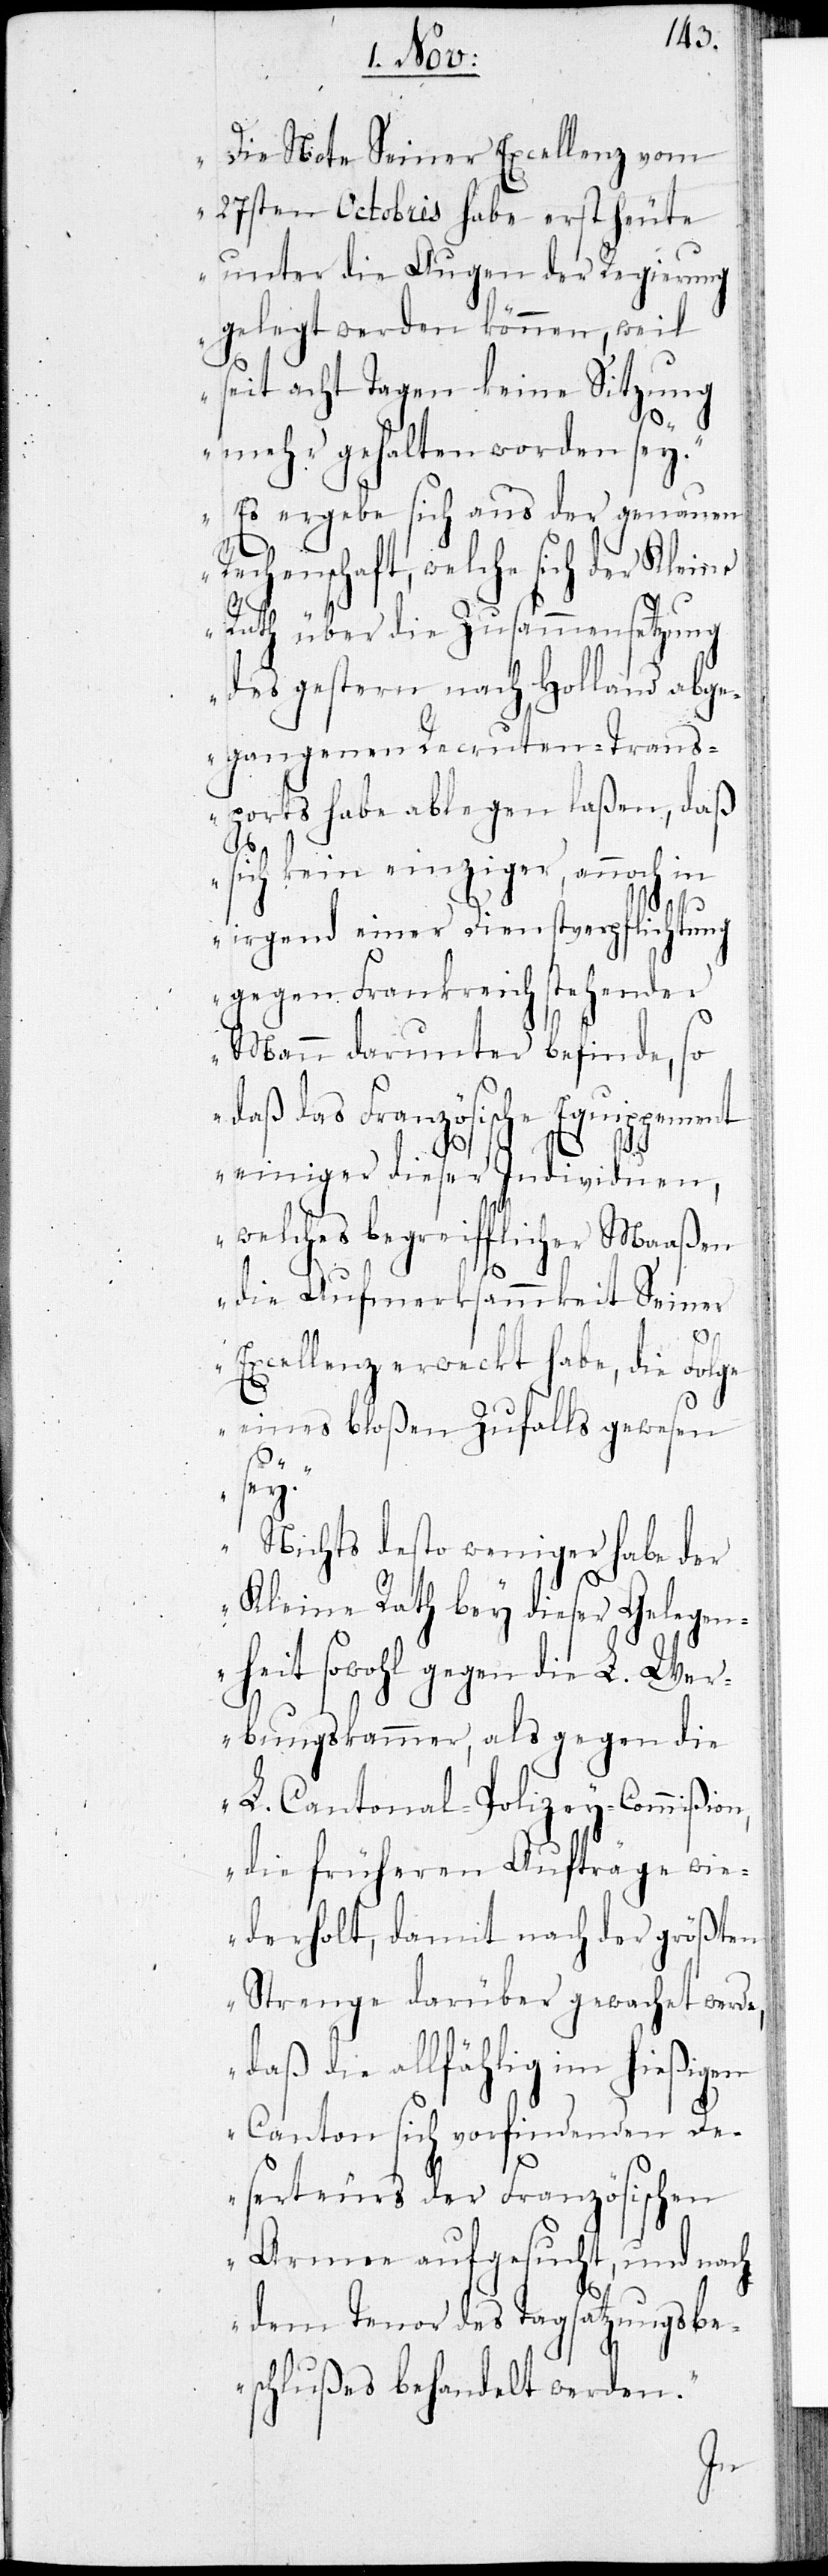
„Die Note Seiner Excellenz vom
27sten Octobris habe erst heute
unter die Augen der Regierung
gelegt werden können, weil
seit acht Tagen keine Sitzung
mehr gehalten worden sey.
Es ergebe sich aus der genauen
Rechenschaft, welche sich der Kleine
Rath über die Zusammensetzung
des gestern nach Holland abge¬
gangenen Recruten-Trans¬
ports habe ablegen laßen, daß
sich kein einziger, annoch in
irgend einer Dienstverpflichtung
gegen Frankreich stehender
Mann darunter befinde, so
daß das Französische Equippement
einiger dieser Individuen,
welches begreifflicher Maaßen
die Aufmerksamkeit seiner
Excellenz erweckt habe, die Folge
eines bloßen Zufalls gewesen
sey.
Nichts desto weniger habe der
Kleine Rath bey dieser Gelegen¬
heit sowohl gegen die L. Wer¬
bungskammer, als gegen die
L. Cantonal-Polizey-Commißion,
die früheren Aufträge wi¬
ederholt, damit nach der größten
Strenge darüber gewachet werde,
die allfählig im hießigen
Canton sich vorfindenden De¬
serteurs der Französischen
Armee aufgesucht, und nach
dem Tenor des Tagsatzungsbe¬
schlußes behandelt werden.